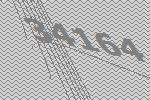
34164